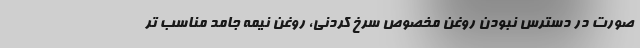
صورت در دسترس نبودن روغن مخصوص سرخ کردنی، روغن نیمه جامد مناسب تر